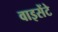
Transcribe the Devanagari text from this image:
वाइसेंटे